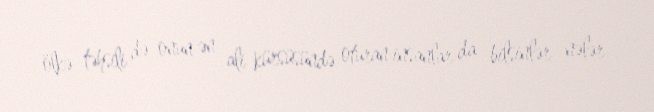
ölkə təhsili də onun ən ali kürsüsündə oturan insanlar da bilsinlər nələr